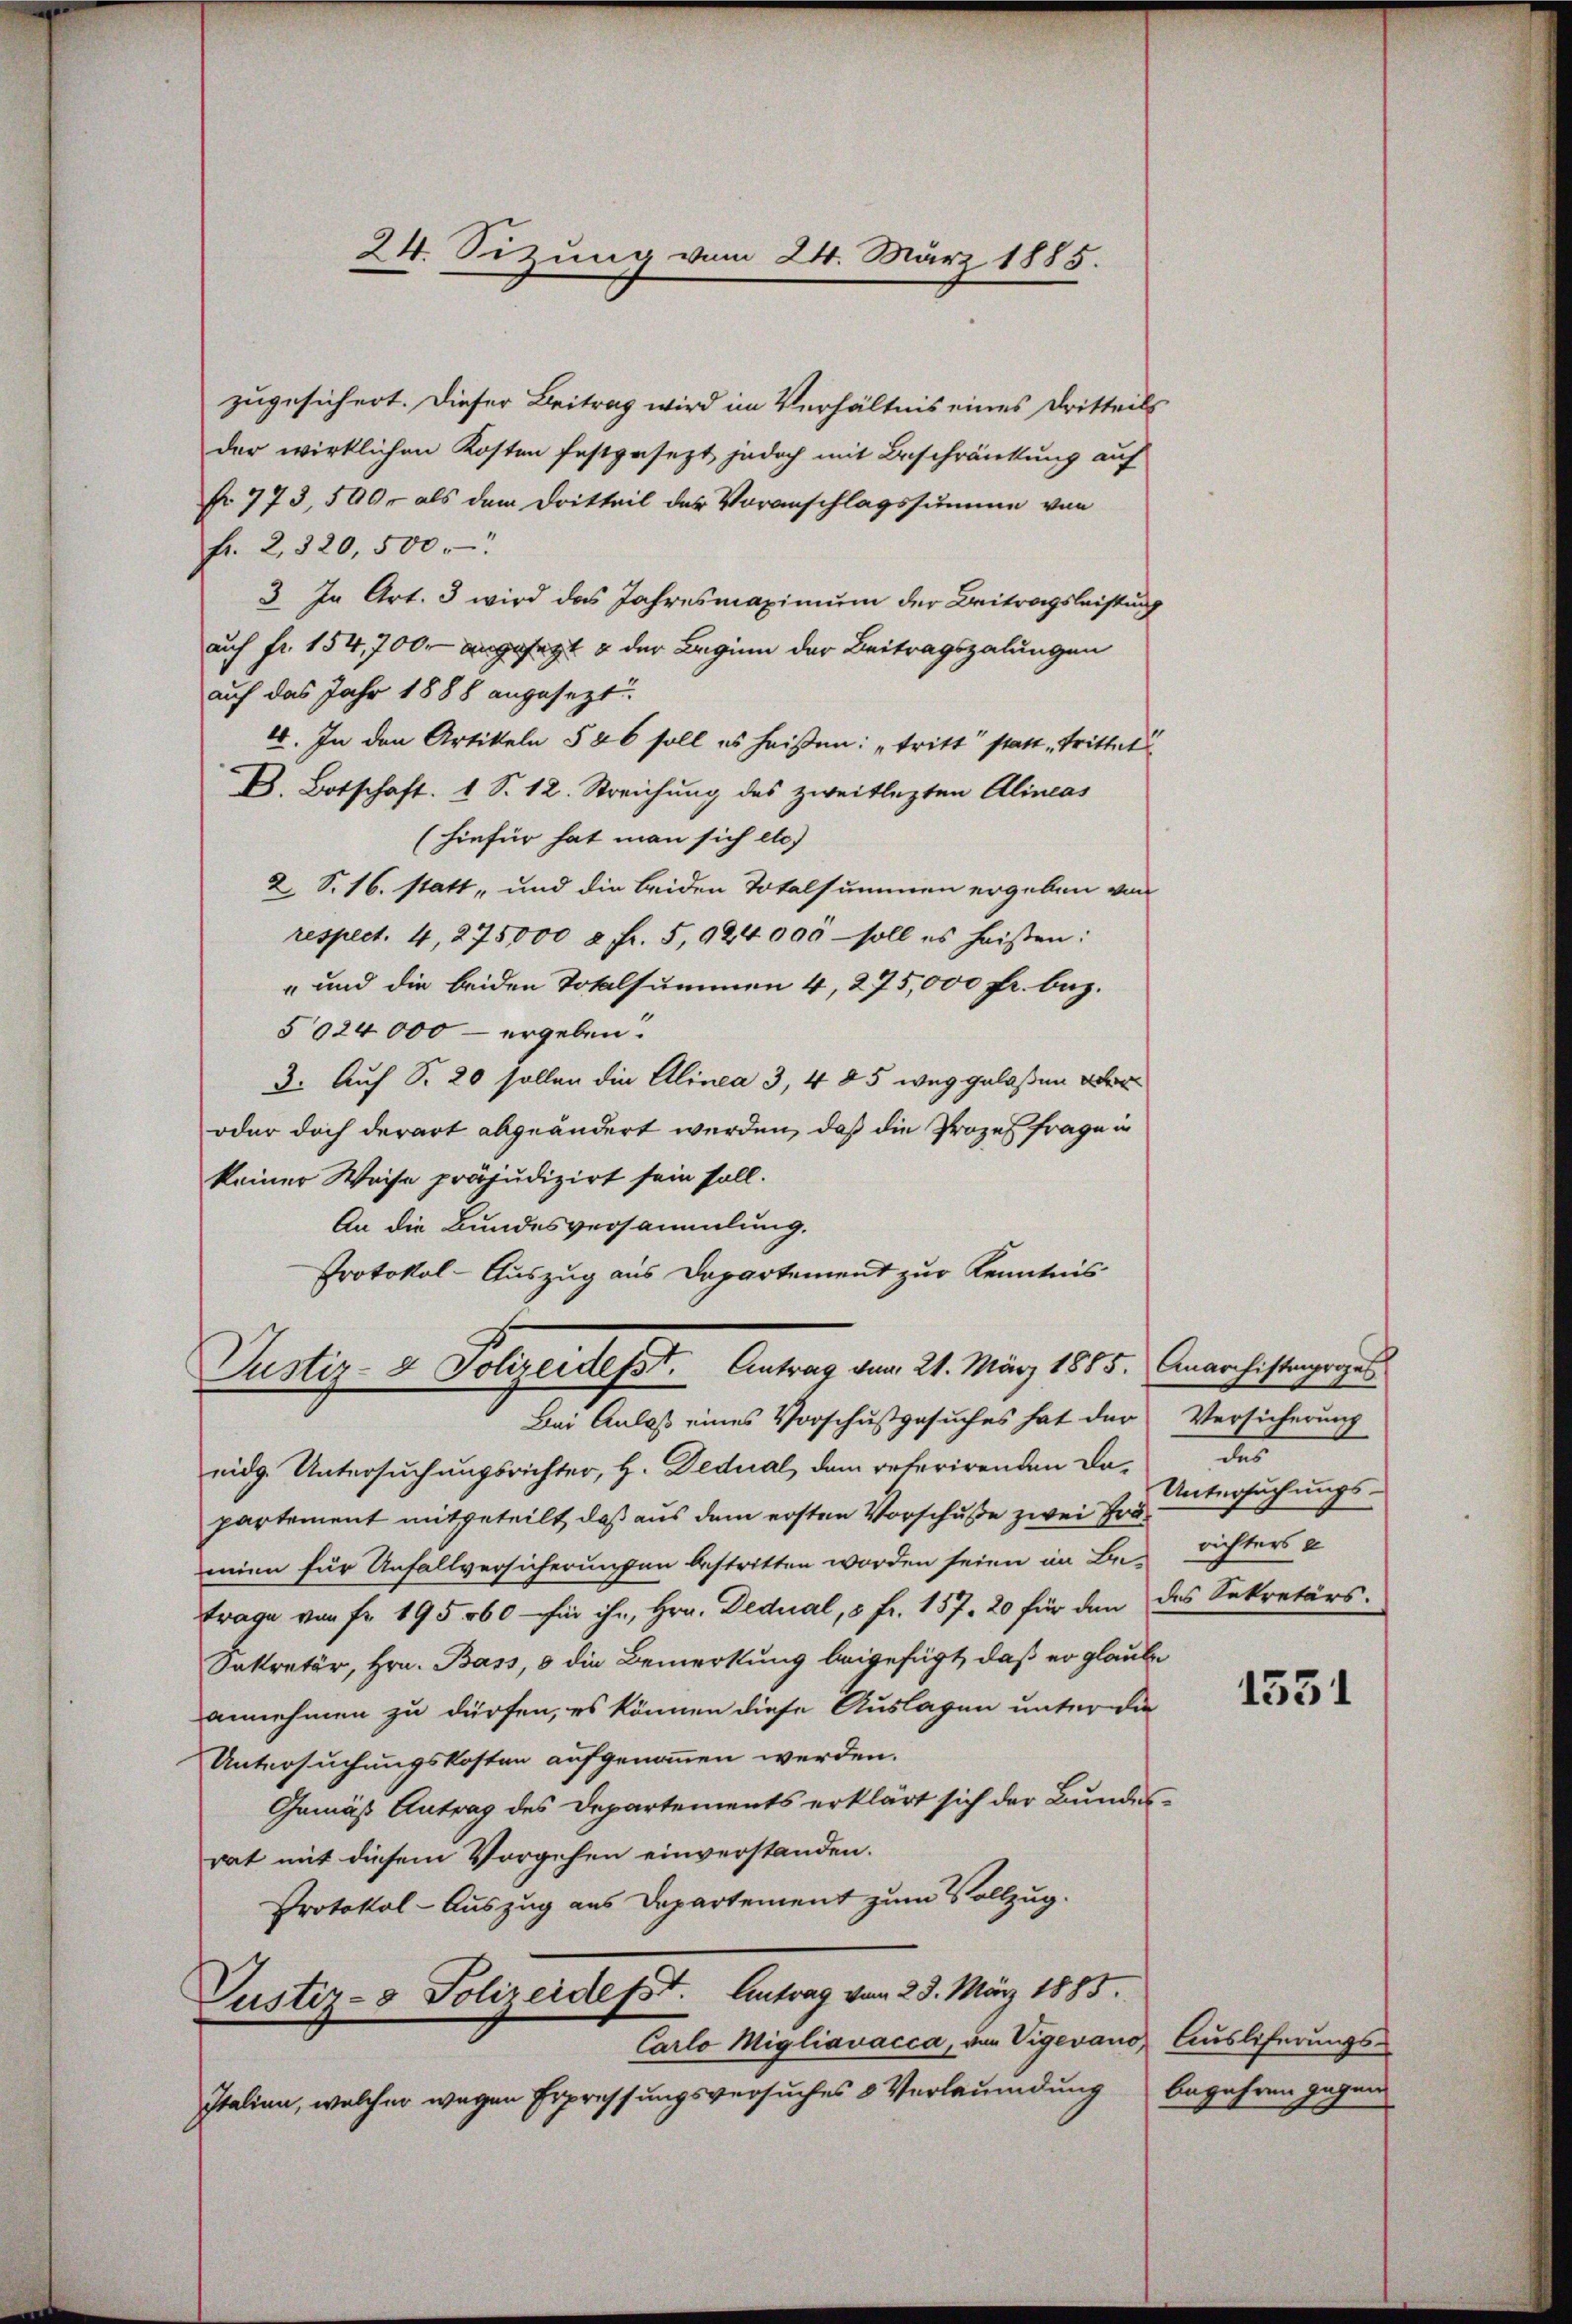
zugesichert. Dieser Beitrag wird im Verhältnis eines Dritteils
der wirklichen Kosten festgesezt jedoch mit Beschränkung auf
Nr. 773,500 als dem Dritteil der Voranschlagssumme von
fr. 2, 320,500.
3. In Art. 3 wird das Jahresmaximum der Beitragsleistung
auf fr. 154,700. angesagt & der Beginn der Beitragszalungen
auf das Jahr 1888 angesezt
4. In den Artikeln 586 soll es heißen: "tritt statt trittet
D. Botschaft. 1 S. 12. Streichung des zweitlezten Alineas
(hiefür hat man sich etc.)
2 S. 16. statt, und die beiden Totalsummen ergeben von
respect. 4, 275000 c. fr. 5, 924 000 - soll es heißen:
" und die beiden Totalsummen 4, 275,000 Fr. bez.
5024000 – ergeben:
3. Auf S. 20 sollen die Alinea 3, 485 weg gelaßen ver¬
oder doch derart abgeändert werden, daß die Prozes frage in
keiner Weise präjudizirt sein soll.
An die Bundesversammlung.
Protokol-Auszug aus Departement zur Kenntnis
Justiz- & Polizeidesst. Antrag vom 21. März 1885. Anarchistengrages
Bei Anlaß eines Vorschußgesuches hat der
eidg. Untersuchungsrichter, H. Dedual, dem referirenden Dapartement mitgeteilt, daß aus dem ersten Vorschuße zwei Framien für Unfallversicherungen bestritten worden seien in Berichters u
Frage von Fr. 195060 - für ihn, Hrn. Dedual, 5 fr. 157. 20 für den
Sekretär, Hrn. Bass, 8 die Bemerkung beigefügt, daß er glaube
annehmen zu dürfen, es können diese Auslagen unter die
Untersuchungskosten aufgenommen werden.
Gemäß Antrag des Departements erklärt sich der Bundes-
rat mit diesem Vorgehen einverstanden.
Protokol-Auszug aus Departement zum Vollzug.
Justiz- & Polizeidesst. Antrag vom 23. März 1885.
Carlo Migliavacca, von Vigevano Auslieferungs-
Italien, welcher wegen Erpressungsversuches 8 Verleumdung

24. Sizung vom 24. März 1885.

Versicherung
des
Untersuchungs-
des Sekretärs.

1531

begehren gegen